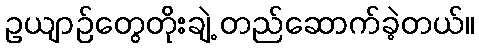
ဥယျာဉ်တွေတိုးချဲ့ တည်ဆောက်ခဲ့တယ်။